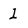
Character: 1